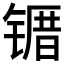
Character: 𫠀